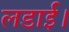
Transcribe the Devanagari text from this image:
लडाई।